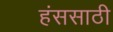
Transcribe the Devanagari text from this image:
हंससाठी